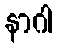
နာဂါ